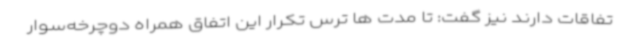
تفاقات دارند نیز گفت: تا مدت ها ترس تکرار این اتفاق همراه دوچرخه‌سوار